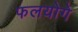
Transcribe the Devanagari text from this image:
फलयोगे